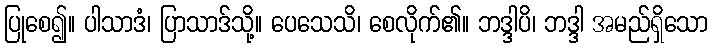
ပြုစေ၍။ ပါသာဒံ၊ ပြာသာဒ်သို့။ ပေသေသိ၊ စေလိုက်၏။ ဘဒ္ဒါပိ၊ ဘဒ္ဒါ အမည်ရှိသော